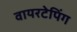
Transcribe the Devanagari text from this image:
वायरटेपिंग